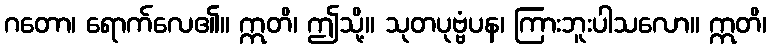
ဂတော၊ ရောက်လေ၏။ ဣတိ၊ ဤသို့။ သုတပုဗ္ဗံပန၊ ကြားဘူးပါသလော။ ဣတိ၊